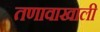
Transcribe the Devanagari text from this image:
तणावाखाली